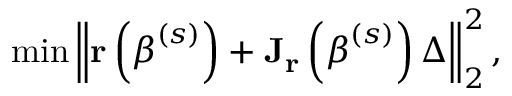
\operatorname* { m i n } \left\| \mathbf { r } \left( { \boldsymbol { \beta } } ^ { ( s ) } \right) + \mathbf { J _ { r } } \left( { \boldsymbol { \beta } } ^ { ( s ) } \right) \Delta \right\| _ { 2 } ^ { 2 } ,